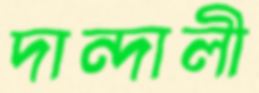
দান্দালী